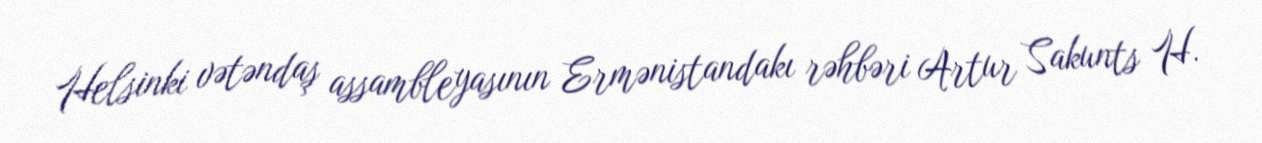
Helsinki vətəndaş assambleyasının Ermənistandakı rəhbəri Artur Sakunts H.